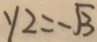
y _ { 2 } = - \sqrt { 3 }